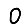
Digit: 0